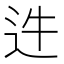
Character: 𨑴